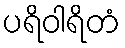
ပရိဝါရိတံ